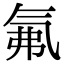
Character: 氟